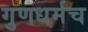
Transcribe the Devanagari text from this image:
गुणधर्मच